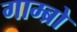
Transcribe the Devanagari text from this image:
गाम्ब्रो